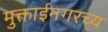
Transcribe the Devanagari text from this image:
मुक्ताईनगरच्य